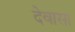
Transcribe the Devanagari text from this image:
देवासा